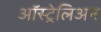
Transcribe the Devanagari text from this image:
ऑस्ट्रेलिअन